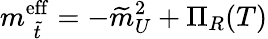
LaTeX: m_{\; \widetilde{t}}^{\mathrm{eff}}=-\widetilde{m}_{U}^{2}+\Pi_{R}(T)